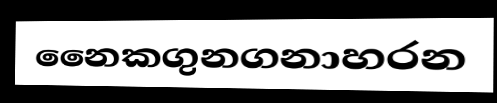
නෛකගුනගනාහරන